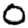
Digit: 0